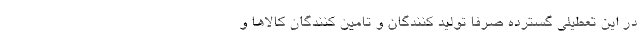
در این تعطیلی گسترده صرفاً تولید کنندگان و تامین کنندگان کالاها و